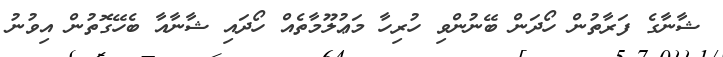
ޝާނާގެ ފަރާތުން ހޯދަން ބޭނުންވި ހުރިހާ މަޢުލޫމާތެއް ހޯދައި ޝާނާއާ ބެހޭގޮތުން އިވުނު